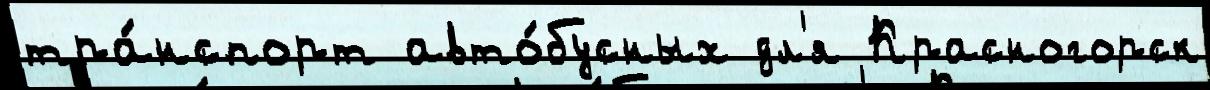
тра́нспорт авто́бусных дл'я Красногорск